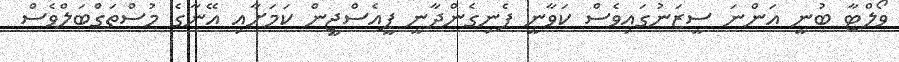
ވޯލްޓާ ބުނީ އަންނަ ސީޒަނުގައިވެސް ކަވާނީ ފެނިގެންދާނީ ޕީއެސްޖީން ކަމަށާއި އޭނާގެ މުސްތަގްބަލްވެސް